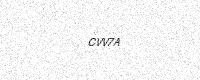
Text: CVV7A